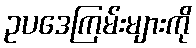
ဥပဒေကြမ်းများကို